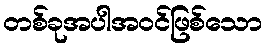
တစ်ခုအပါအဝင်ဖြစ်သော